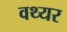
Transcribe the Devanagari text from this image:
वथ्यर